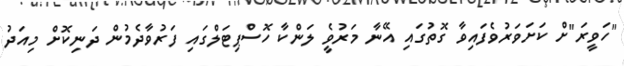
"ހަވީރަ"ށް ކަށަވަރުވެފައިވާ ގޮތުގައި އޭނާ މަރުވެީ ލަންކާ ހޮސްޕިޓަލްގައި ފަރުވާދެމުން ދަނިކޮށް މިއަދު